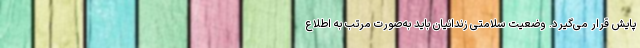
پایش قرار می‌گیرد. وضعیت سلامتی زندانیان باید به‌صورت مرتب به اطلاع